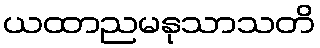
ယထာညမနုသာသတိ